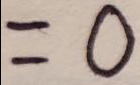
= 0